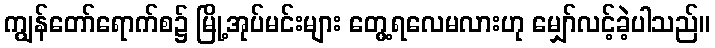
ကျွန်တော်ရောက်စ၌ မြို့အုပ်မင်းများ တွေ့ရလေမလားဟု မျှော်လင့်ခဲ့ပါသည်။